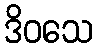
ဒိဝသေ